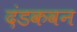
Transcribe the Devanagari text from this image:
दंडकवन